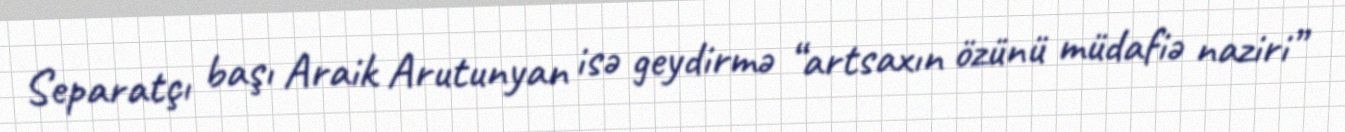
Separatçı başı Araik Arutunyan isə geydirmə “artsaxın özünü müdafiə naziri”